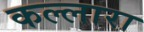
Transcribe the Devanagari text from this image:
कल्लारा